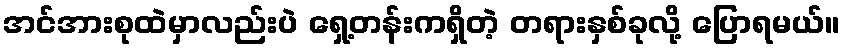
အင်အားစုထဲမှာလည်းပဲ ရှေ့တန်းကရှိတဲ့ တရားနှစ်ခုလို့ ပြောရမယ်။